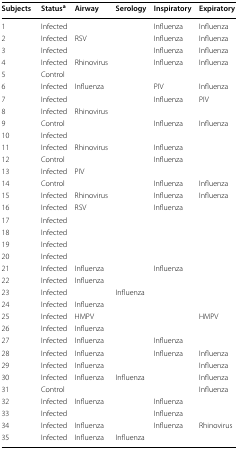
<table><thead><tr><td><b>Subjects</b></td><td><b>Status<sup>a</sup></b></td><td><b>Airway</b></td><td><b>Serology</b></td><td><b>Inspiratory</b></td><td><b>Expiratory</b></td></tr></thead><tbody><tr><td>1</td><td>Infected</td><td></td><td></td><td>Influenza</td><td>Influenza</td></tr><tr><td>2</td><td>Infected</td><td>RSV</td><td></td><td>Influenza</td><td>Influenza</td></tr><tr><td>3</td><td>Infected</td><td></td><td></td><td>Influenza</td><td>Influenza</td></tr><tr><td>4</td><td>Infected</td><td>Rhinovirus</td><td></td><td>Influenza</td><td>Influenza</td></tr><tr><td>5</td><td>Control</td><td></td><td></td><td></td><td></td></tr><tr><td>6</td><td>Infected</td><td>Influenza</td><td></td><td>PIV</td><td>Influenza</td></tr><tr><td>7</td><td>Infected</td><td></td><td></td><td>Influenza</td><td>PIV</td></tr><tr><td>8</td><td>Infected</td><td>Rhinovirus</td><td></td><td></td><td></td></tr><tr><td>9</td><td>Control</td><td></td><td></td><td>Influenza</td><td>Influenza</td></tr><tr><td>10</td><td>Infected</td><td></td><td></td><td></td><td></td></tr><tr><td>11</td><td>Infected</td><td>Rhinovirus</td><td></td><td>Influenza</td><td></td></tr><tr><td>12</td><td>Control</td><td></td><td></td><td>Influenza</td><td></td></tr><tr><td>13</td><td>Infected</td><td>PIV</td><td></td><td></td><td></td></tr><tr><td>14</td><td>Control</td><td></td><td></td><td>Influenza</td><td>Influenza</td></tr><tr><td>15</td><td>Infected</td><td>Rhinovirus</td><td></td><td>Influenza</td><td>Influenza</td></tr><tr><td>16</td><td>Infected</td><td>RSV</td><td></td><td>Influenza</td><td></td></tr><tr><td>17</td><td>Infected</td><td></td><td></td><td></td><td></td></tr><tr><td>18</td><td>Infected</td><td></td><td></td><td></td><td></td></tr><tr><td>19</td><td>Infected</td><td></td><td></td><td></td><td></td></tr><tr><td>20</td><td>Infected</td><td></td><td></td><td></td><td></td></tr><tr><td>21</td><td>Infected</td><td>Influenza</td><td></td><td>Influenza</td><td></td></tr><tr><td>22</td><td>Infected</td><td>Influenza</td><td></td><td></td><td></td></tr><tr><td>23</td><td>Infected</td><td></td><td>Influenza</td><td></td><td></td></tr><tr><td>24</td><td>Infected</td><td>Influenza</td><td></td><td></td><td></td></tr><tr><td>25</td><td>Infected</td><td>HMPV</td><td></td><td></td><td>HMPV</td></tr><tr><td>26</td><td>Infected</td><td>Influenza</td><td></td><td></td><td></td></tr><tr><td>27</td><td>Infected</td><td>Influenza</td><td></td><td>Influenza</td><td></td></tr><tr><td>28</td><td>Infected</td><td>Influenza</td><td></td><td>Influenza</td><td>Influenza</td></tr><tr><td>29</td><td>Infected</td><td>Influenza</td><td></td><td></td><td>Influenza</td></tr><tr><td>30</td><td>Infected</td><td>Influenza</td><td>Influenza</td><td></td><td>Influenza</td></tr><tr><td>31</td><td>Control</td><td></td><td></td><td></td><td>Influenza</td></tr><tr><td>32</td><td>Infected</td><td>Influenza</td><td></td><td>Influenza</td><td></td></tr><tr><td>33</td><td>Infected</td><td></td><td></td><td>Influenza</td><td></td></tr><tr><td>34</td><td>Infected</td><td>Influenza</td><td></td><td>Influenza</td><td>Rhinovirus</td></tr><tr><td>35</td><td>Infected</td><td>Influenza</td><td>Influenza</td><td></td><td></td></tr></tbody></table>